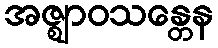
အဇ္ဈာဝသန္တေန